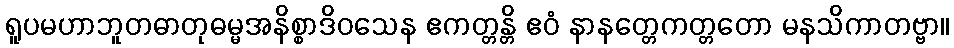
ရူပမဟာဘူတဓာတုဓမ္မအနိစ္စာဒိဝသေန ဧကတ္တန္တိ ဧဝံ နာနတ္တေကတ္တတော မနသိကာတဗ္ဗာ။